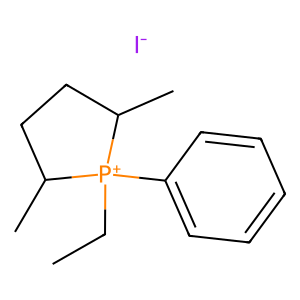
SMILES: CC[P+]1(c2ccccc2)C(C)CCC1C.[I-]
Inhibits HIV replication: No